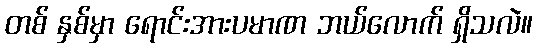
တစ် နှစ်မှာ ရောင်းအားပမာဏ ဘယ်လောက် ရှိသလဲ။